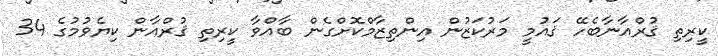
ކީރިތި ޤުރްއާނާބެހޭ ޤައުމީ މަރުކަޒުން އިންތިޒާމްކޮށްގެން ބާއްވާ ކީރިތި ޤުރްއާން ކިޔެވުމުގެ 34